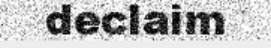
declaim